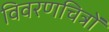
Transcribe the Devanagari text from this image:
विवरणचित्रों